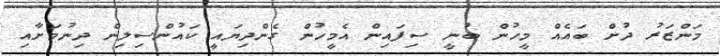
މަންޒަރު ދުށް ބައެއް މީހުން ބުނީ ސިފައިން އެމީހުން ގެންދިޔައީ ކައުންސިލިން ދިނުމަށާއި